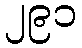
၂၉၁